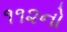
૧૧૨નો